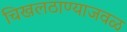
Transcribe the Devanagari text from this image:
चिखलठाण्याजवळ